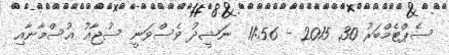
ސެޕްޓެމްބަރު 30